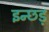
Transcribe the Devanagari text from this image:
इन्छड़